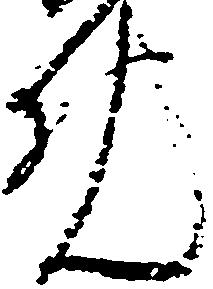
免